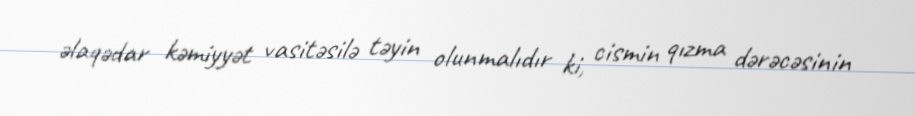
əlaqədar kəmiyyət vasitəsilə təyin olunmalıdır ki, cismin qızma dərəcəsinin